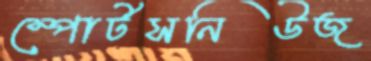
স্পোর্টসনিউজ